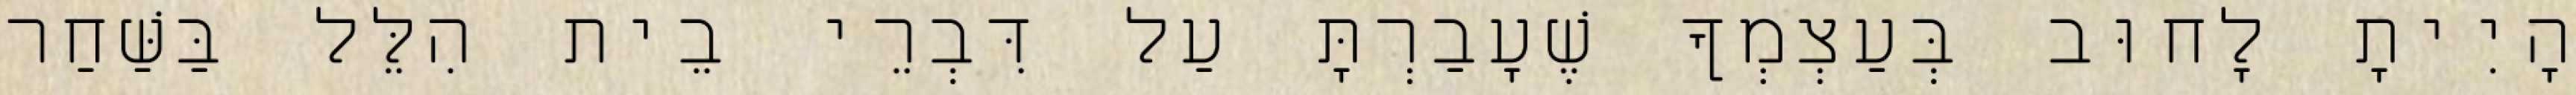
הָיִיתָ לָחוּב בְּעַצְמְךָ שֶׁעָבַרְתָּ עַל דִּבְרֵי בֵית הִלֵּל בַּשַּׁחַר